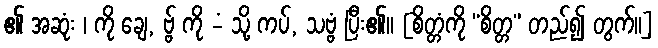
၏ အဆုံး ၊ ကို ချေ, ဗ္ဗ် ကို -ံ သို့ ကပ်, သဗ္ဗံ ပြီး၏။ [စိတ္တံကို “စိတ္တ” တည်၍ တွက်။]